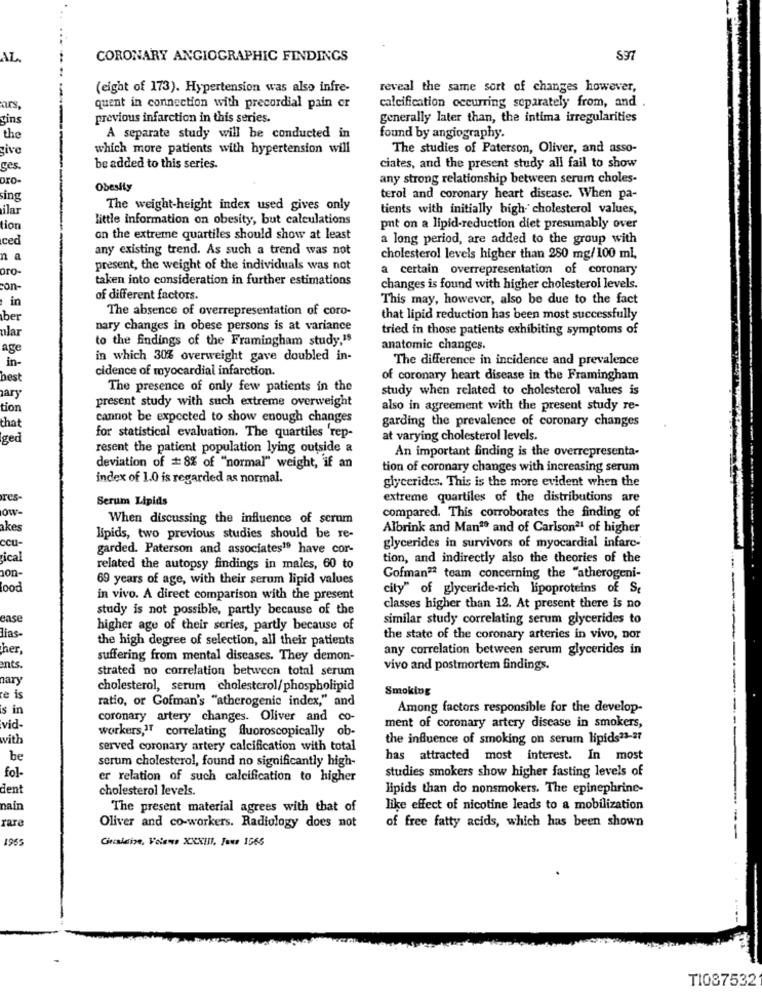
AL.
CORONARY ANGIOGRAPHIC FINDINGS
$97
(eight of 173). Hypertension was also infre-
reveal the same sort of changes however,
ars,
quent in connection with precordial pain or
calcification occurring separately from, and .
zins
previous infarction in this series.
generally later than, the intima irregularities
the
A separate study will be conducted in
found by angiography.
give
which more patients with hypertension will
The studies of Paterson, Oliver, and asso-
yes.
be added to this series.
ciates, and the present study all fail to show
pro-
any strong relationship between serum choles-
Obesity
ing
terol and coronary heart disease. When pa-
ilar
The weight-height index used gives only
tients with initially high cholesterol values,
little information on obesity, but calculations
tion
put on a lipid-reduction diet presumably over
ced
on the extreme quartiles should show at least
a long period, are added to the group with
any existing trend. As such a trend was not
na
cholesterol levels higher than 280 mg/100 ml,
pro-
present, the weight of the individuals was not
a certain overrepresentation of coronary
taken into consideration in further estimations
con-
changes is found with higher cholesterol levels.
in
of different factors.
This may, however, also be due to the fact
The absence of overrepresentation of coro-
ber
that lipid reduction has been most successfully
ular
nary changes in obese persons is at variance
tried in those patients exhibiting symptoms of
to the findings of the Framingham study,19
age
anatomic changes.
in-
in which 30% overweight gave doubled in-
The difference in incidence and prevalence
cidence of myocardial infarction.
best
of coronary heart disease in the Framingham
zary
The presence of only few patients in the
study when related to cholesterol values is
tion
present study with such extreme overweight
also in agreement with the present study re-
that
cannot be expected to show enough changes
garding the prevalence of coronary changes
ged
for statistical evaluation. The quartiles 'rep-
at varying cholesterol levels.
resent the patient population lying outside a
An important finding is the overrepresenta-
deviation of #8% of "normal" weight, if an
tion of coronary changes with increasing serum
index of 1.0 is regarded as normal.
glycerides. This is the more evident when the
res-
Serum Lipids
extreme quartiles of the distributions are
ow-
When discussing the influence of scrum
compared. This corroborates the finding of
akes
Albrink and Man2ª and of Carlson21 of higher
ccu-
lipids, two previous studies should be re-
garded. Paterson and associates19 have cor-
glycerides in survivors of myocardial infarc-
rical
tion, and indirectly also the theories of the
on-
related the autopsy findings in males, 60 to
69 years of age, with their serum lipid values
Gofman2ª team concerning the "atherogeni-
city" of glyceride-rich lipoproteins of St
in vivo. A direct comparison with the present
study is not possible, partly because of the
classes higher than 12. At present there is no
ease
similar study correlating serum glycerides to
lias-
higher age of their scries, partly because of
the high degree of selection, all their patients
the state of the coronary arteries in vivo, nor
her,
any correlation between serum glycerides in
suffering from mental diseases. They demon-
ants.
strated no correlation between total serum
vivo and postmortem findings.
nary
cholesterol, serum cholesterol/phospholipid
Smoking
re is
ratio, or Gofman's "atherogenic index," and
s in
Among factors responsible for the develop-
coronary artery changes. Oliver and co-
vid-
workers,17 correlating fluoroscopically ob-
ment of coronary artery disease in smokers,
with
the influence of smoking on serum lipids33-37
served coronary artery calcification with total
be
has attracted most interest. In most
fol-
serum cholesterol, found no significantly high-
studies smokers show higher fasting levels of
er relation of such calcification to higher
dent
cholesterol levels.
lipids than do nonsmokers. The epinephrine-
nain
The present material agrees with that of
like effect of nicotine leads to a mobilization
rare
of free fatty acids, which has been shown
Oliver and co-workers. Radiology does not
1965
Circulation, Velem XXXIII, four 1965
TI087532